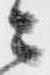
ニ